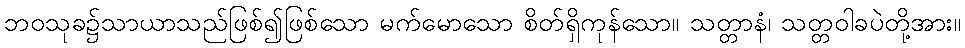
ဘဝသုခ၌သာယာသည်ဖြစ်၍ဖြစ်သော မက်မောသော စိတ်ရှိကုန်သော။ သတ္တာနံ၊ သတ္တဝါခပဲတို့အား။